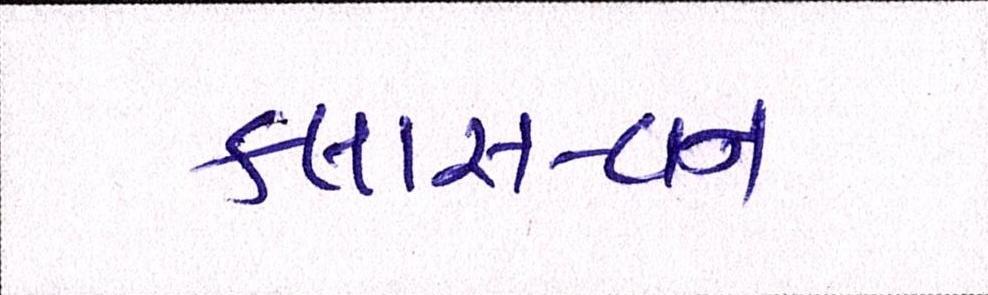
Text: કલાસ-વન